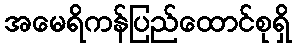
အမေရိကန်ပြည်ထောင်စုရှိ